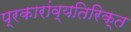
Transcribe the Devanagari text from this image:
प्रकारांव्यतिरिक्त